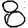
Digit: 8